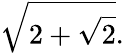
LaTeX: {\sqrt{2+{\sqrt{2}}}}.